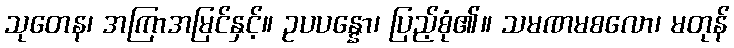
သုတေန၊ အကြာအမြင်နှင့်။ ဥပပန္နော၊ ပြည့်စုံ၏။ သမဏမစလော၊ မတုန်